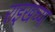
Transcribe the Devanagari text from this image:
राइखच्या